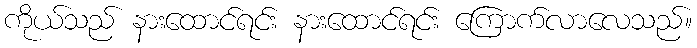
ကိုယ်သည် နားထောင်ရင်း နားထောင်ရင်း ကြောက်လာလေသည်။